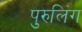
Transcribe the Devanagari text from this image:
पुरुलिंग